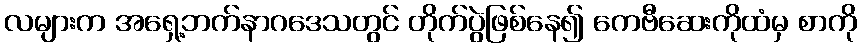
လများက အရှေ့ဘက်နာဂဒေသတွင် တိုက်ပွဲဖြစ်နေ၍ ကေဗီဆေးကိုထံမှ စာကို